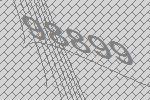
98899